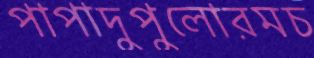
পাপাদুপুলোরমচ